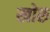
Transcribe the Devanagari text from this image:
खोरु